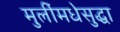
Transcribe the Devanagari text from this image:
मुलींमधेसुद्धा